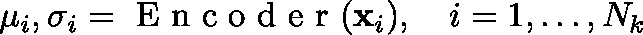
\mathbf { \mu } _ { i } , \mathbf { \sigma } _ { i } = \mathrm { ~ E ~ n ~ c ~ o ~ d ~ e ~ r ~ } ( \mathbf { x } _ { i } ) , \quad i = 1 , \ldots , N _ { k }